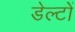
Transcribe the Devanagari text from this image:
डेल्टों